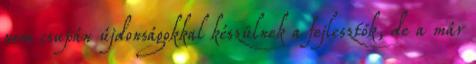
nem csupán újdonságokkal készülnek a fejlesztők, de a már